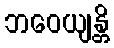
ဘဝေယျန္တိ